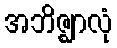
အဘိဇ္ဈာလုံ